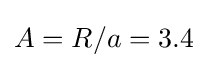
A=R/a=3.4